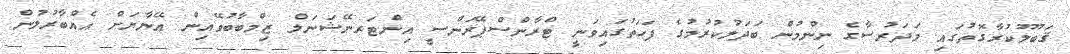
ޤަބޫލުކުރާގޮތުގައި މަދަރުސާގެ ނިންމުން ބަދަލުކުރުމުގެ ފަހަތުގައިވަނީ ޓްރާންސްޕޭރަންސީ އިންޓަރނޭޝަނަލް ޒިމްބާބުވޭއިން އޭނާޔަށް އެއްބާރުލުން